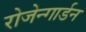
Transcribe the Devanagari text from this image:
रोजेन्गार्डन